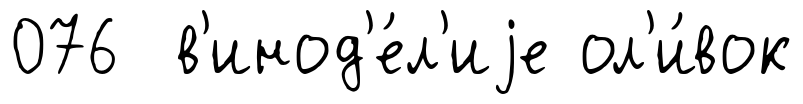
076 в'инод'е́л'иjе ол'и́вок